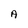
Character: A